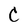
Character: C